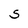
Character: S